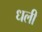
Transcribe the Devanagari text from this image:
धली